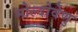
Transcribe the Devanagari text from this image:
मोल्दोवेणु